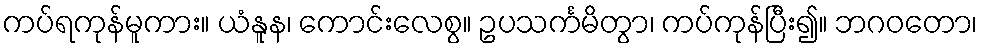
ကပ်ရကုန်မူကား။ ယံနူန၊ ကောင်းလေစွ။ ဥပသင်္ကမိတွာ၊ ကပ်ကုန်ပြီး၍။ ဘဂဝတော၊